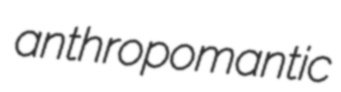
anthropomantic